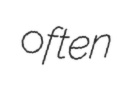
often